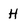
Character: H